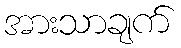
အားသာချက်